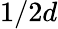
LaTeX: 1/2d